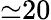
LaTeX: {\simeq}20